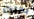
بدلت